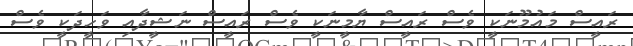
ރައީސް މައުމޫނަކީ ވެސް ރައީސް ޔާމީނަކީ ވެސް ރައީސް ނަޝީދާއި ވަހީދަކީ ވެސް